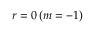
r = 0 \, ( m = - 1 )